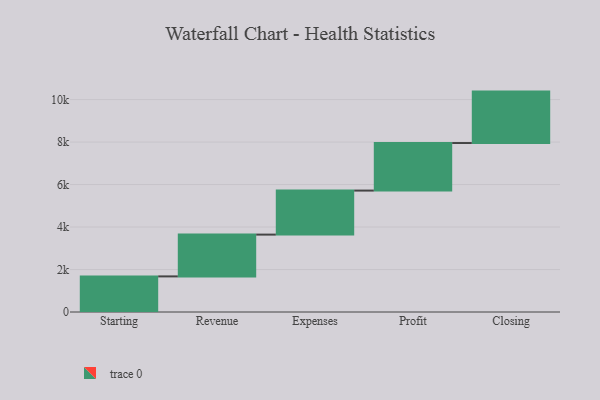
{"axis": {"x": "Step", "y": "Value"}, "legend": [""], "data": [{"x": "Starting", "y": 1676.0, "type": ""}, {"x": "Revenue", "y": 1968.0, "type": ""}, {"x": "Expenses", "y": 2072.0, "type": ""}, {"x": "Profit", "y": 2239.0, "type": ""}, {"x": "Closing", "y": 2421.0, "type": ""}]}